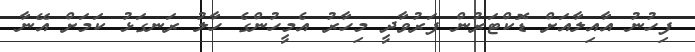
ފިހުނު އާއިލާއަށް ޑޮކްޓަރުން ފަރުވާދީ މިހާރު އެމީހުންގެ ހާލު ރަނގަޅު ކަމަށް އޭނާ